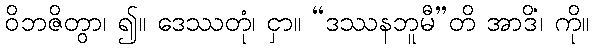
ဝိဘဇိတွာ၊ ၍။ ဒေဿတုံ၊ ငှာ။ “ဒဿနဘူမီ”တိ အာဒိံ၊ ကို။